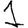
Digit: 1